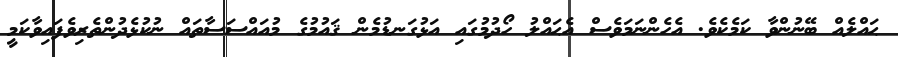
ޙައްލެއް ބޭނުންވާ ކަމެކެވެ. އެހެންނަމަވެސް އެޙައްލު ހޯދުމުގައި އަޅުގަނޑުމެން ޤައުމުގެ މުއައްސަސާތައް ނުކުޅެދުންތެރިވެފައިވާކަމީ